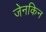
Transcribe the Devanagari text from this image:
जेनकिन